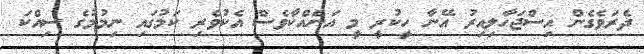
ދެރަވެގެން އިސްޖަހާލިއިރު އޭނާ ހީކުރީ މީ އަނެއްކާވެސް އެކުވެރި ކަމުގައި ނިމުމުގެ ސިއްކަ